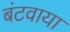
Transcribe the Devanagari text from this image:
बंटवाया